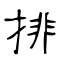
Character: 排